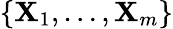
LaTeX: \{ \mathbf{X}_{1},\ldots,\mathbf{X}_{m}\}